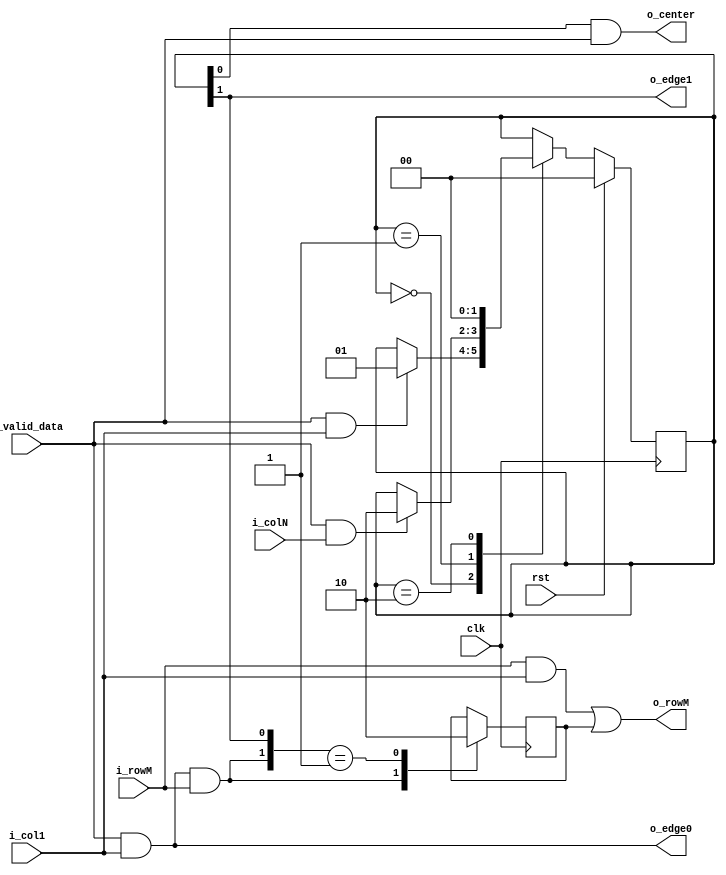
//
// Copyright (C) 2015 Project
// based on code by Edward Lin
// License: http://www.gnu.org/licenses/gpl.html GPL version 2 or higher
//
//start from first row and from far left to far right to detect image boundary

module isedgehorizontal(clk, 
                        rst, 
                        i_valid_data, 
                        i_col1,
                        i_colN,
                        i_rowM, 
                        o_edge0, 
                        o_center, 
                        o_edge1,
                        o_rowM);
parameter XB = 10;
input clk;
input rst;
input i_valid_data;
input i_col1;
input i_colN;
input i_rowM;
output o_edge0;
output o_center;
output o_edge1;
output o_rowM;

reg [1:0] r_pos_state = 0;
reg r_rowM = 0;
assign o_edge0 = i_valid_data & (i_col1 == 1); //left side
assign o_center = r_pos_state[0] & i_valid_data; //center
assign o_edge1 = r_pos_state[1];//right side
assign o_rowM = i_rowM & i_col1 | r_rowM;

always @(posedge clk)
begin
  if (rst == 1)
  begin
    r_pos_state <= 0;
  end
  else
  begin
    case(r_pos_state)
      2'd0:
      begin
        if (i_valid_data == 1 && i_col1 == 1)
        begin
          r_pos_state <= 1; //center
        end
      end
      2'd1:
      begin
        if (i_valid_data == 1 && i_colN == 1)
          r_pos_state <= 2; //last entry
      end
      2'd2:
      begin
        r_pos_state <= 0;
      end
    endcase
  end

  casex({o_edge0&i_rowM, o_edge1})
    2'b1x:
      r_rowM <= 1;
    2'b01:
      r_rowM <= 0;
  endcase

end
endmodule